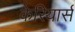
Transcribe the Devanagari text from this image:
केरियार्स